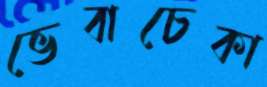
ভেবাচেকা